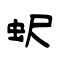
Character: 蚇